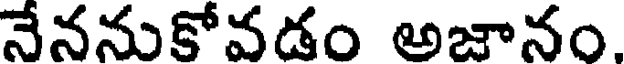
నేననుకోవడం అజానం